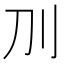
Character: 𠚥